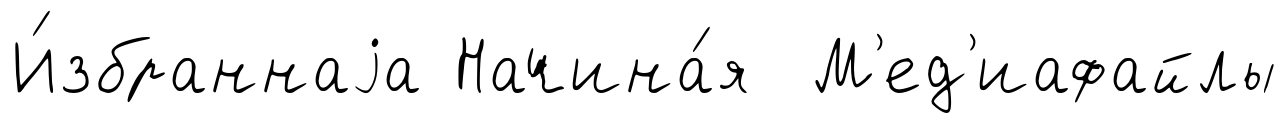
И́збраннаjа Начина́я М'ед'иафайлы